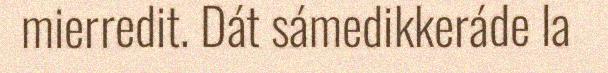
mierredit. Dát sámedikkeráde la